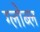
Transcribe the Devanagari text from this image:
ग्लोब्ल